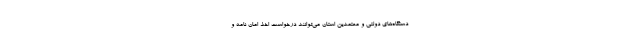
دستگاه‌های دولتی و معتمدین استان می‌توانند درخواست اخذ امان نامه و